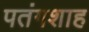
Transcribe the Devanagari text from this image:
पतंगशाह